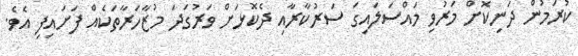
ކުރަމުން ދަނިކޮށް މަރުވި މައްސަލައިގަ ސަރުކާރާއި ދެކޮޅަށް ވަރުގަދަ މުޒާހަރާތަކެއް ފަށައިފި އެވެ.